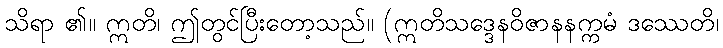
သိရာ ၏။ ဣတိ၊ ဤတွင်ပြီးတော့သည်။ (ဣတိသဒ္ဒေနဝိဇာနနက္ကမံ ဒဿေတိ၊